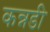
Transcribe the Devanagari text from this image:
कन्नडी